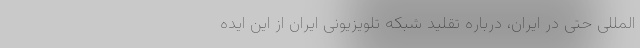
المللی حتی در ایران، درباره تقلید شبکه تلویزیونی ایران از این ایده